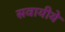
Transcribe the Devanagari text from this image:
सवायीये